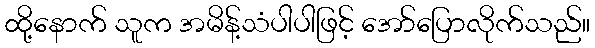
ထို့နောက် သူက အမိန့်သံပါပါဖြင့် အော်ပြောလိုက်သည်။